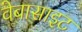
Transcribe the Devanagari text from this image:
वेबासाइट